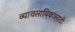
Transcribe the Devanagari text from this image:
व्यावसायिकांसाठी